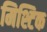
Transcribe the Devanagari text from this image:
मिश्टिक